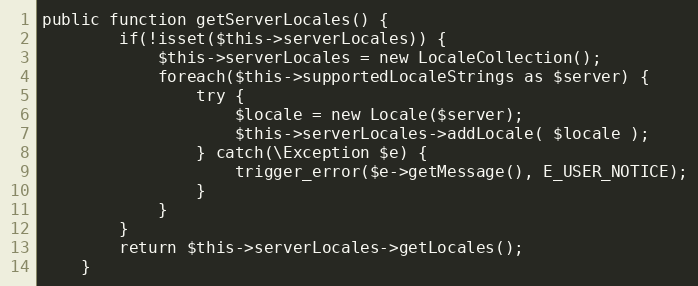
Language: PHP
public function getServerLocales() {
        if(!isset($this->serverLocales)) {
            $this->serverLocales = new LocaleCollection();
            foreach($this->supportedLocaleStrings as $server) {
                try {
                    $locale = new Locale($server);
                    $this->serverLocales->addLocale( $locale );
                } catch(\Exception $e) {
                    trigger_error($e->getMessage(), E_USER_NOTICE);
                }
            }
        }
        return $this->serverLocales->getLocales();
    }